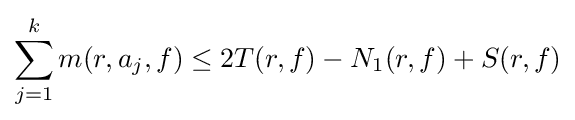
\sum _{j=1}^{k}m(r,a_{j},f)\leq 2T(r,f)-N_{1}(r,f)+S(r,f)